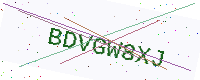
Text: BDVGW8XJ